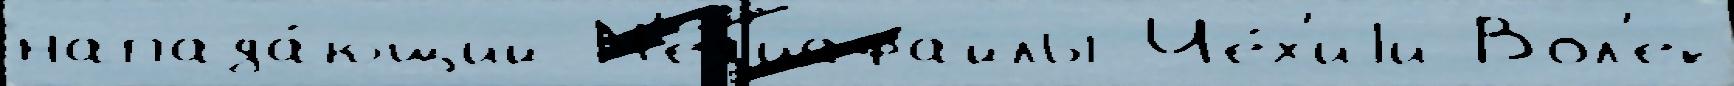
напада́ющий М'ед'иафайлы Че́х'иjи Вол'ек